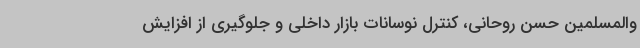
والمسلمین حسن روحانی، کنترل نوسانات بازار داخلی و جلوگیری از افزایش